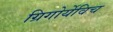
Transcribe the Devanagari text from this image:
ग्रिगोर्येविच